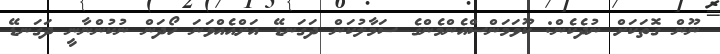
ނޫން ގޮތަކަށް ނުދެކެން: ކޫވަމަންސްއެންމެންގެ ސަމާލުކަން ދަގަނޑޭ އަށްއެއްވަނަ ހޯދަން ނުކުންނާނީ ދަގަނޑޭ